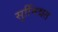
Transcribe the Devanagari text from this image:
सुनििश्चत